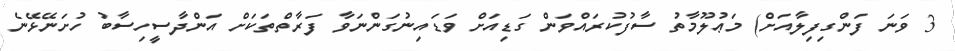
3 ވަނަ ފަންގިފިލާއަށް) މަޢުލޫމާތު ސާފުކުރައްވަން ގަޑިއަށް ވަޑައިނުގަންނަވާ ފަރާތްތަކަށް އަންދާސީހިސާބު ހުށަނޭޅޭނެ